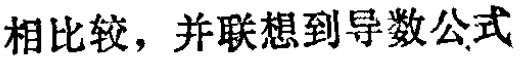
相比较，并联想到导数公式